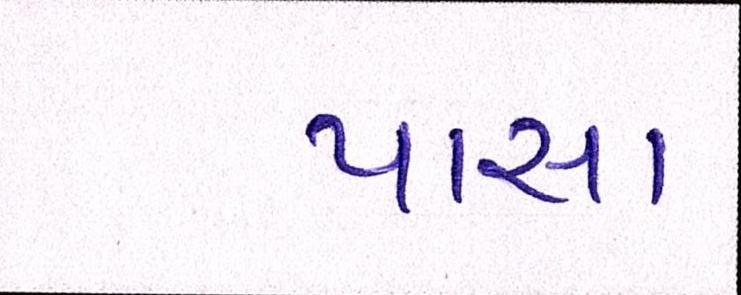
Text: પાસા